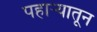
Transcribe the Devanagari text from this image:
पहार्‍यातून